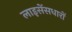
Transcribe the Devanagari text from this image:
लाइसेंसधारों